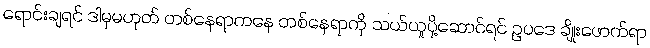
ရောင်းချရင် ဒါမှမဟုတ် တစ်နေရာကနေ တစ်နေရာကို သယ်ယူပို့ဆောင်ရင် ဥပဒေ ချိုးဖောက်ရာ